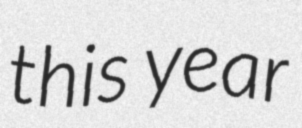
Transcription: this year